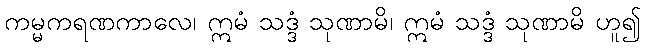
ကမ္မကရဏကာလေ၊ ဣမံ သဒ္ဒံ သုဏာမိ၊ ဣမံ သဒ္ဒံ သုဏာမိ ဟူ၍